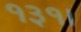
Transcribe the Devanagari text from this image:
१३१।